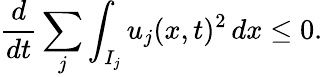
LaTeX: \frac{d}{dt}\sum_{j}\int_{I_{j}}u_{j}(x,t)^{2}\mathop{dx}\le 0.